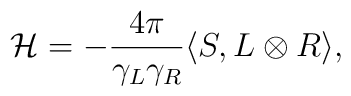
{\cal H}=-{4\pi\over \gamma_L\gamma_R}\langle S,L\otimes R\rangle,